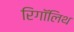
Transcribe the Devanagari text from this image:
रिगॉलिथ